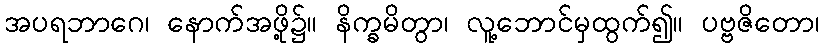
အပရဘာဂေ၊ နောက်အဖို့၌။ နိက္ခမိတွာ၊ လူ့ဘောင်မှထွက်၍။ ပဗ္ဗဇိတော၊